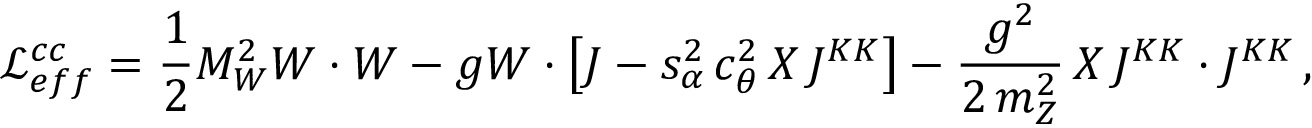
{ \mathcal L } _ { e f f } ^ { c c } = \frac { 1 } { 2 } M _ { W } ^ { 2 } W \cdot W - g W \cdot \left[ J - s _ { \alpha } ^ { 2 } \, c _ { \theta } ^ { 2 } \, X \, J ^ { K K } \right] - \frac { g ^ { 2 } } { 2 \, m _ { Z } ^ { 2 } } \, X \, J ^ { K K } \cdot J ^ { K K } \, ,